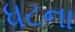
ધટના